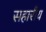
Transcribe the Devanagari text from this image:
सहारीय